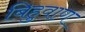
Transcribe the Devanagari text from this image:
बिहुवाण